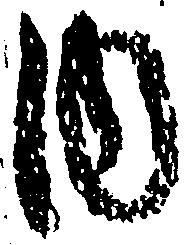
内